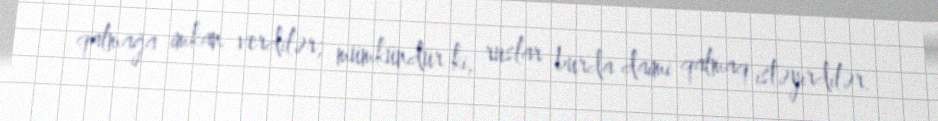
qalmağa imkan verdilər; mümkündür ki, ruslar burda daimi qalmaq istəyirdilər.